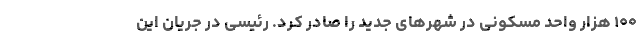
۱۰۰ هزار واحد مسکونی در شهرهای جدید را صادر کرد. رئیسی در جریان این